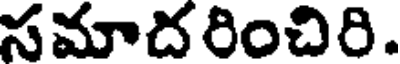
సమాదరించిరి.